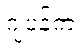
ဂျပန်က